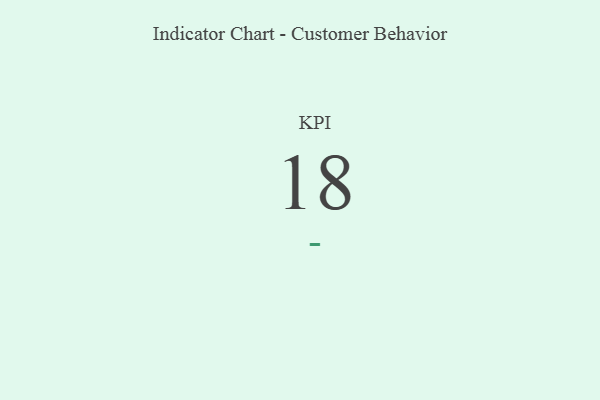
{"axis": {"x": "KPI", "y": "Value"}, "legend": [""], "data": [{"x": "KPI", "y": 18, "type": ""}]}